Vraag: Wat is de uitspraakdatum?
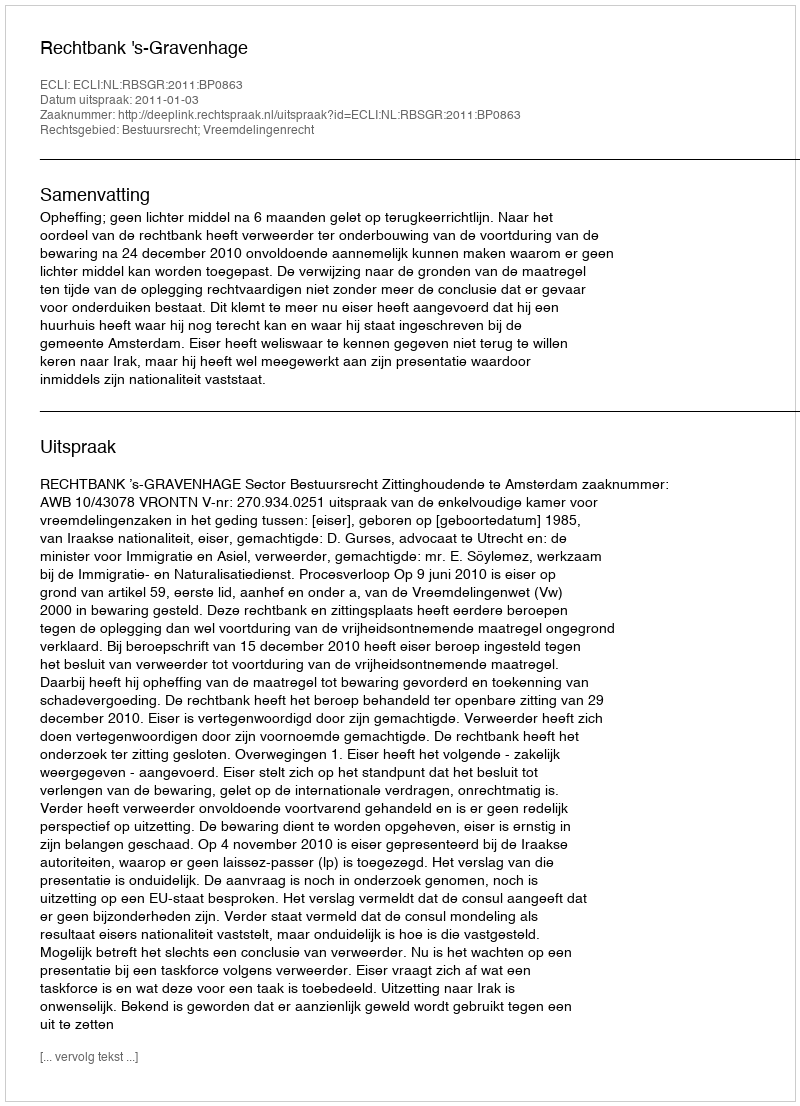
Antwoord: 2011-01-03